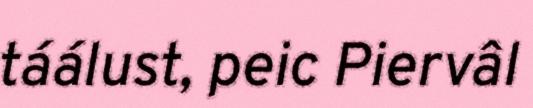
táálust, peic Piervâl